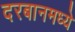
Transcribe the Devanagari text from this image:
दरबानमध्ये